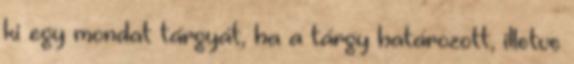
ki egy mondat tárgyát, ha a tárgy határozott, illetve